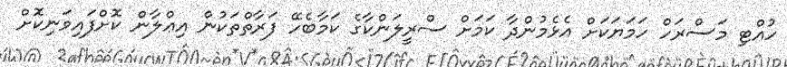
ހުއްޓި މަސްރަހް ހަމަޔަކަށް އެޅެމުންދާ ކަމަށް ސްރީލަންކާގެ ކަމާބެހޭ ފަރާތްތަކުން އިޢްލާން ކޮށްފައިވަނިކޮށް